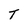
Character: T